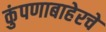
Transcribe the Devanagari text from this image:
कुंपणाबाहेरचे